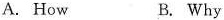
A. How B. Why